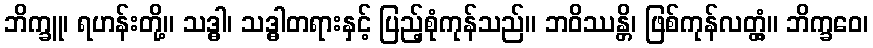
ဘိက္ခူ၊ ရဟန်းတို့။ သဒ္ဓါ၊ သဒ္ဓါတရားနှင့် ပြည့်စုံကုန်သည်။ ဘဝိဿန္တိ၊ ဖြစ်ကုန်လတ္တံ့။ ဘိက္ခဝေ၊